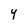
Character: Y